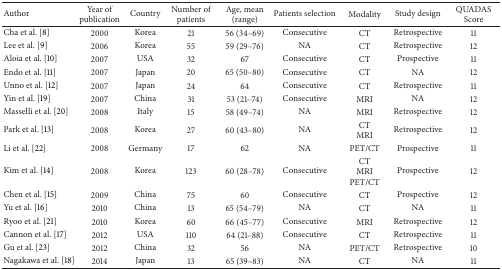
<table><thead><tr><td><b>Author</b></td><td><b>Year of publication</b></td><td><b>Country</b></td><td><b>Number of patients</b></td><td><b>Age, mean (range)</b></td><td><b>Patients selection</b></td><td><b>Modality</b></td><td><b>Study design</b></td><td><b>QUADAS Score</b></td></tr></thead><tbody><tr><td>Cha et al. [8]</td><td>2000</td><td>Korea</td><td>21</td><td>56 (34–69)</td><td>Consecutive</td><td>CT</td><td>Retrospective</td><td>11</td></tr><tr><td>Lee et al. [9]</td><td>2006</td><td>Korea</td><td>55</td><td>59 (29–76)</td><td>NA</td><td>CT</td><td>Retrospective</td><td>12</td></tr><tr><td>Aloia et al. [10]</td><td>2007</td><td>USA</td><td>32</td><td>67</td><td>Consecutive</td><td>CT</td><td>Prospective</td><td>11</td></tr><tr><td>Endo et al. [11]</td><td>2007</td><td>Japan</td><td>20 </td><td>65 (50–80)</td><td>Consecutive</td><td>CT</td><td>NA</td><td>12</td></tr><tr><td>Unno et al. [12]</td><td>2007</td><td>Japan</td><td>24</td><td>64</td><td>Consecutive</td><td>CT</td><td>Retrospective</td><td>11</td></tr><tr><td>Yin et al. [19]</td><td>2007</td><td>China</td><td>31</td><td>53 (21–74)</td><td>Consecutive</td><td>MRI</td><td>NA</td><td>12</td></tr><tr><td>Masselli et al. [20]</td><td>2008</td><td>Italy</td><td>15</td><td>58 (49–74)</td><td>NA</td><td>MRI</td><td>Retrospective</td><td>12</td></tr><tr><td>Park et al. [13]</td><td>2008</td><td>Korea</td><td>27</td><td>60 (43–80)</td><td>NA</td><td>CT MRI</td><td>Retrospective</td><td>12</td></tr><tr><td>Li et al. [22]</td><td>2008</td><td>Germany</td><td>17</td><td>62</td><td>NA</td><td>PET/CT</td><td>Prospective</td><td>11</td></tr><tr><td>Kim et al. [14]</td><td>2008</td><td>Korea</td><td>123</td><td>60 (28–78)</td><td>Consecutive</td><td> CTMRI PET/CT</td><td>Prospective</td><td>12</td></tr><tr><td>Chen et al. [15]</td><td>2009</td><td>China</td><td>75</td><td>60</td><td>Consecutive</td><td> CT</td><td>Prospective</td><td>12</td></tr><tr><td>Yu et al. [16]</td><td>2010</td><td>China</td><td>13</td><td>65 (54–79)</td><td>NA</td><td> CT</td><td>NA</td><td>11</td></tr><tr><td>Ryoo et al. [21]</td><td>2010</td><td>Korea</td><td>60</td><td>66 (45–77)</td><td>Consecutive</td><td> MRI</td><td>Retrospective</td><td>12</td></tr><tr><td>Cannon et al. [17]</td><td>2012</td><td>USA</td><td>110</td><td>64 (21–88)</td><td>Consecutive</td><td> CT</td><td>Retrospective</td><td>11</td></tr><tr><td>Gu et al. [23]</td><td>2012</td><td>China</td><td>32</td><td>56</td><td>NA</td><td>PET/CT</td><td>Retrospective</td><td>10</td></tr><tr><td>Nagakawa et al. [18]</td><td>2014</td><td>Japan</td><td>13</td><td>65 (39–83)</td><td>NA</td><td> CT</td><td>NA</td><td>11</td></tr></tbody></table>